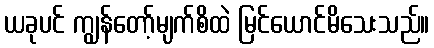
ယခုပင် ကျွန်တော့်မျက်စိထဲ မြင်ယောင်မိသေးသည်။